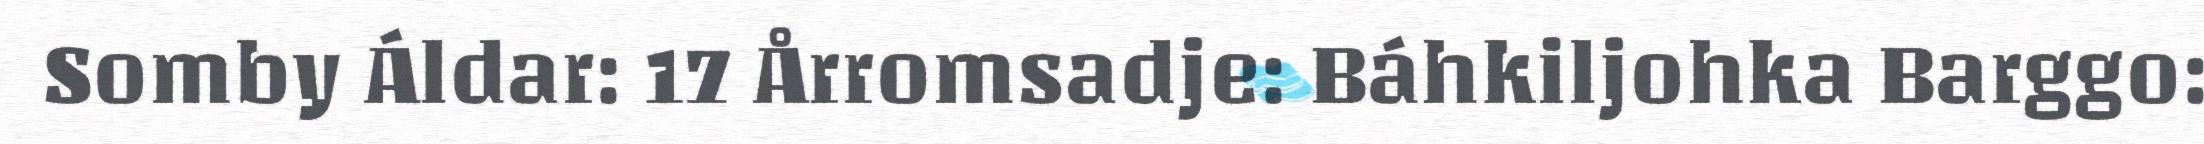
Somby Áldar: 17 Årromsadje: Báhkiljohka Barggo: